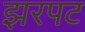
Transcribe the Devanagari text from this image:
झरपट